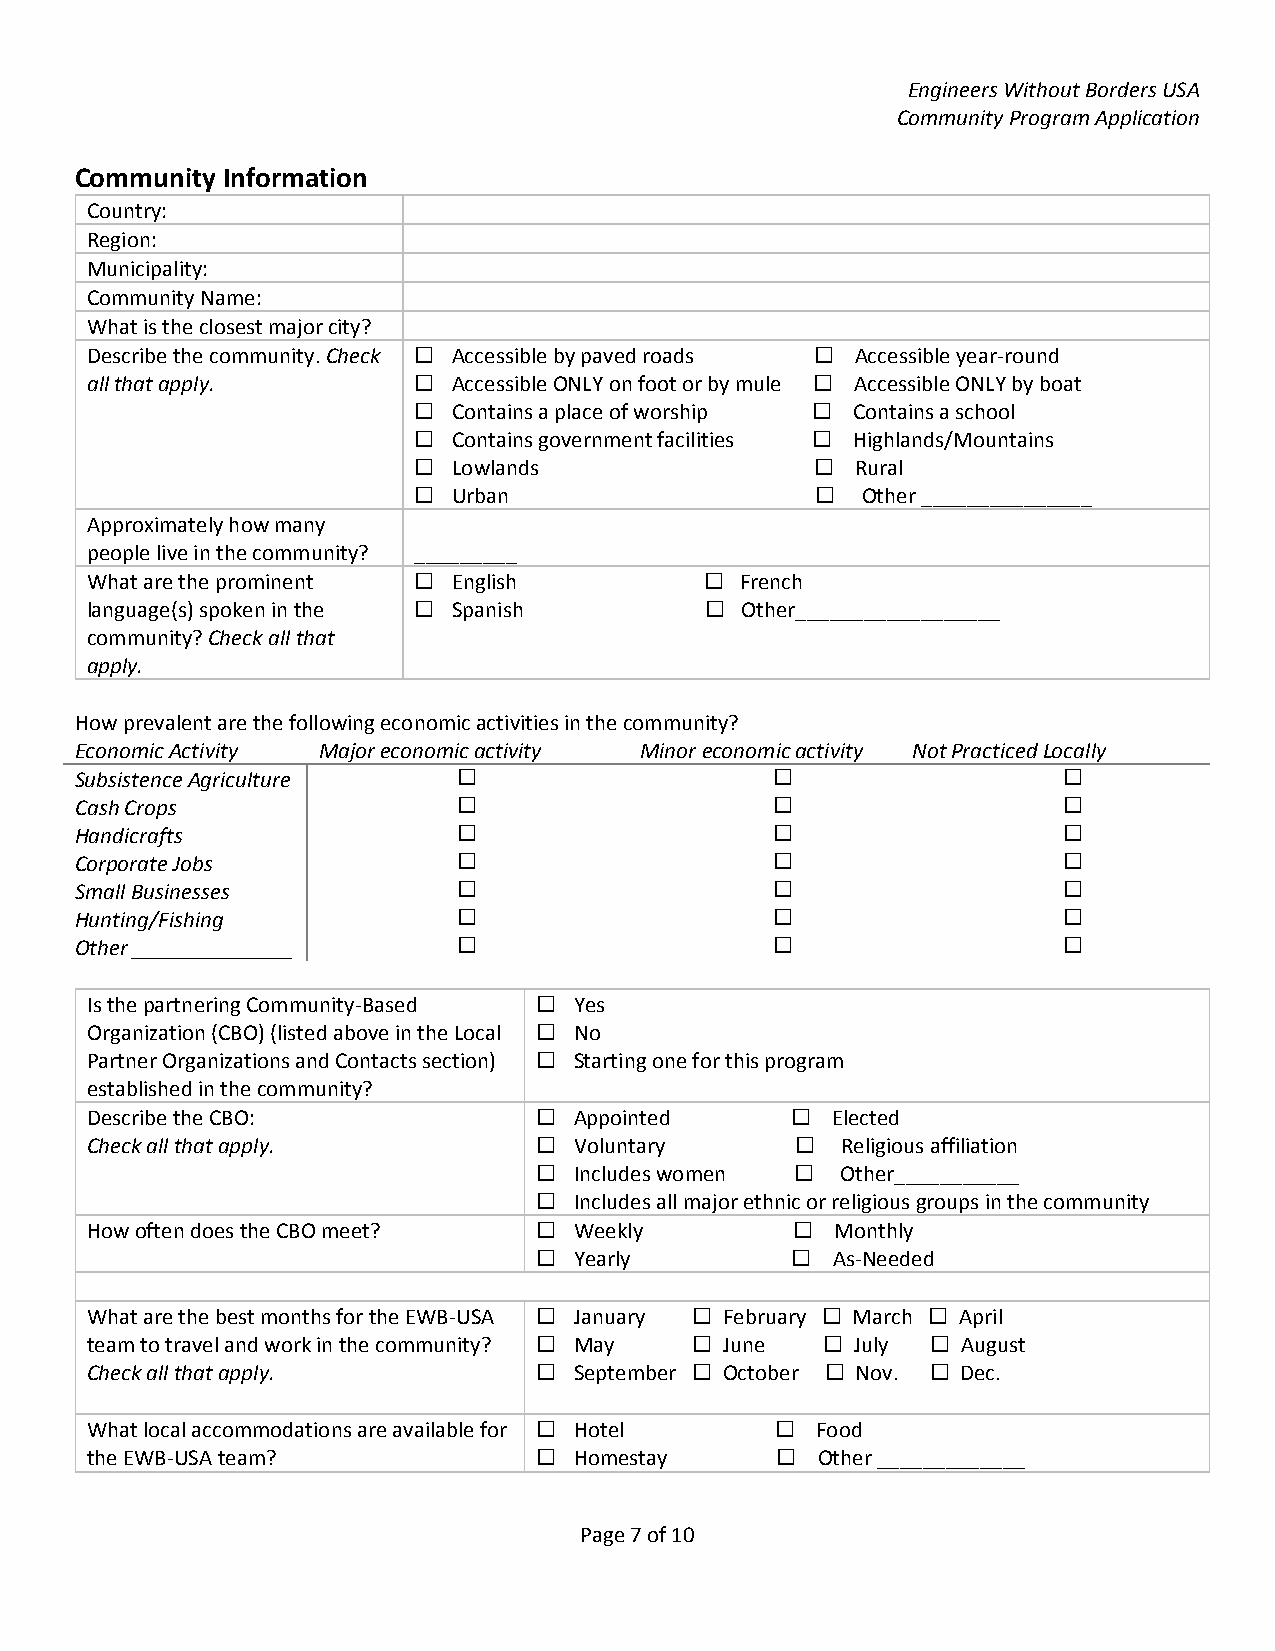
Engineers Without Borders USA
 Community Program Application
 Community Information
 Country:
 Region:
 Municipality:
 Community Name:
 What is the closest major city?
 Describe the community. Check  Accessible by paved roads  Accessible year‐round
 all that apply.        Accessible ONLY on foot or by mule  Accessible ONLY by boat
   Contains a place of worship  Contains a school
   Contains government facilities  Highlands/Mountains
   Lowlands                  Rural
   Urban                     Other _______________
 Approximately how many
 people live in the community? _________
 What are the prominent  English          French
 language(s) spoken in the  Spanish       Other__________________
 community? Check all that
 apply.
 How prevalent are the following economic activities in the community?
 Economic Activity Major economic activity Minor economic activity Not Practiced Locally
 Subsistence Agriculture                                        
 Cash Crops                                                     
 Handicrafts                                                    
 Corporate Jobs                                                 
 Small Businesses                                               
 Hunting/Fishing                                                
 Other ______________                                           
 Is the partnering Community‐Based  Yes
 Organization (CBO) (listed above in the Local  No
 Partner Organizations and Contacts section)  Starting one for this program
 established in the community?
 Describe the CBO:              Appointed       Elected
 Check all that apply.          Voluntary        Religious affiliation
  Includes women   Other___________
  Includes all major ethnic or religious groups in the community
 How often does the CBO meet?   Weekly          Monthly
  Yearly          As‐Needed
 What are the best months for the EWB‐USA  January  February  March  April
 team to travel and work in the community?  May  June  July  August
 Check all that apply.          September  October  Nov.  Dec.
 What local accommodations are available for  Hotel  Food
 the EWB‐USA team?              Homestay       Other _____________
 Page 7 of 10